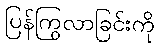
ပြန်ကြွလာခြင်းကို